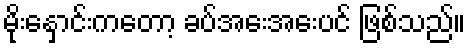
မိုးနှောင်းကတော့ ခပ်အေးအေးပင် ဖြစ်သည်။